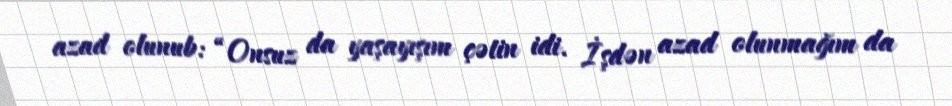
azad olunub: “Onsuz da yaşayışım çətin idi. İşdən azad olunmağım da